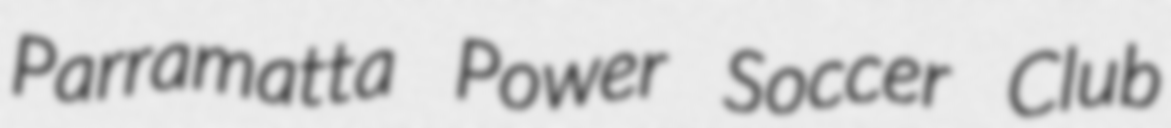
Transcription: Parramatta Power Soccer Club